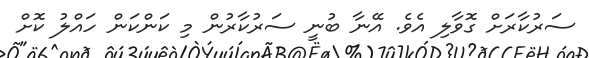
ސަރުކާރަށް ގޮވާލި އެވެ. އޭނާ ބުނީ ސަރުކާރުން މި ކަންކަން ހައްލު ކޮށް